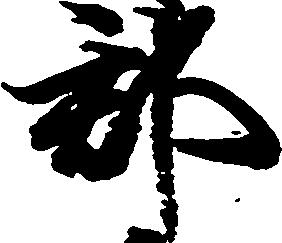
郡